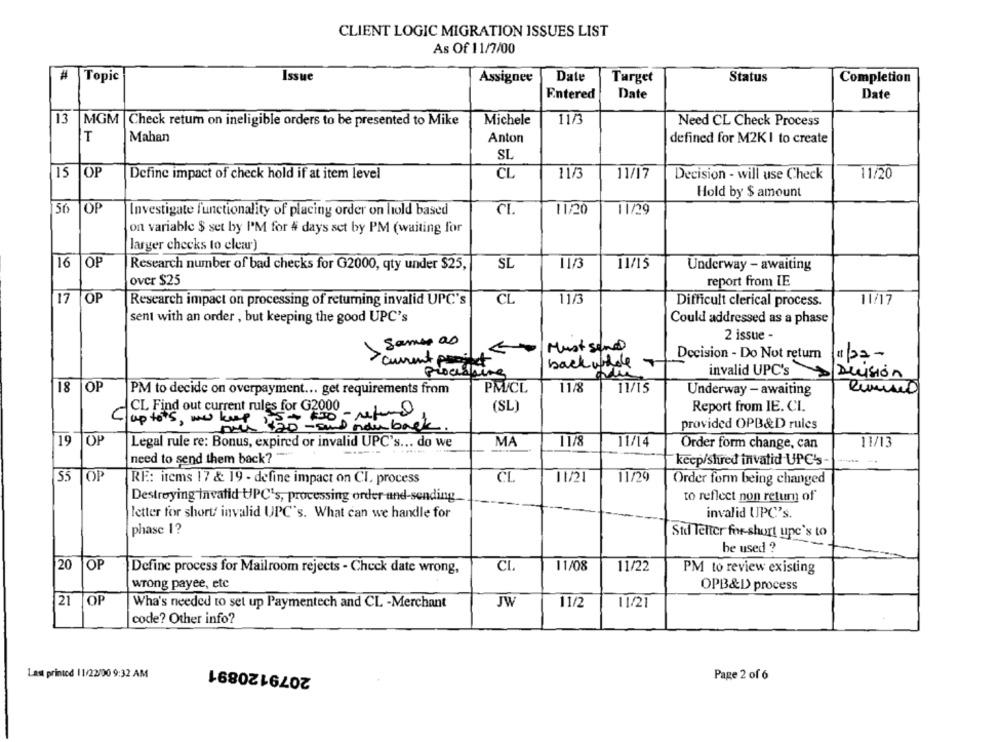
CLIENT LOGIC MIGRATION ISSUES LIST
As Of 11/7/00
#
Topic
Issue
Assignee
Date
Target
Status
Completion
Entered
Date
Date
13
MGM |Check return on ineligible orders to be presented to Mike
Michele
11/3
Need CL Check Process
T
Mahan
Anton
defined for M2K I to create
SL
15
OP
Define impact of check hold if at item level
CL
11/3
11/17
Decision - will use Check
11/20
Hold by $ amount
56
OP
Investigate functionality of placing order on hold based
CL
11/20
11/29
on variable $ set by I'M for # days set by PM (waiting for
larger checks to clear)
16
OP
Research number of bad checks for G2000, qty under $25,
SL
11/3
11/15
Underway - awaiting
over $25
report from IE
17
OP
Research impact on processing of returning invalid UPC's
CL
11/3
Difficult clerical process.
11/17
sent with an order , but keeping the good UPC's
Could addressed as a phase
2 issue -
Same as
Must send
Decision - Do Not return
11 32-
curent proitet
back whole
invalid UPC's
Processing
Duisión
18
OP
PM to decide on overpayment ... get requirements from
PMICL
11/8
11/15
Underway - awaiting
CL Find out current rules for G2000
(SL)
Report from IE. CL.
up to+s, we katy 120 - sund now back .
provided OPB&D rules
19
OP
Legal rule re: Bonus, expired or invalid UPC's ... do we
MA
11/8
11/14
Order form change, can
11/13
need to send them back?
keep/shred invalid UPC's
55
OF
RE: items 17 & 19 - define impact on CI. process
CL
11/21
11/29
Order form being changed
Destroying invatid UPC's, processing order and-sending.
to reflect non return of
letter for short/ invalid UPC's. What can we handle for
invalid UPC's.
phase 1?
Std Telter for-short une's to
be used ?
20
OP
Define process for Mailroom rejects - Check date wrong,
CL.
11/08
11/22
PM to review existing
wrong payee, etc
OPB&D> process
21
OP
Wha's needed to set up Paymentech and CL -Merchant
JW
11/2
11/21
code? Other info?
2079120891
Last printed 11/22/90 9:32 AM
Page 2 of 6